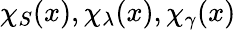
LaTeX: \chi_{S}(x),\chi_{\lambda}(x),\chi_{\gamma}(x)